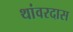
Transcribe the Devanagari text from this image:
थांवरदास